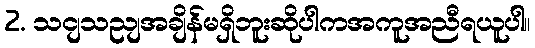
2. သငျသညျအချိန်မရှိဘူးဆိုပါကအကူအညီရယူပါ။